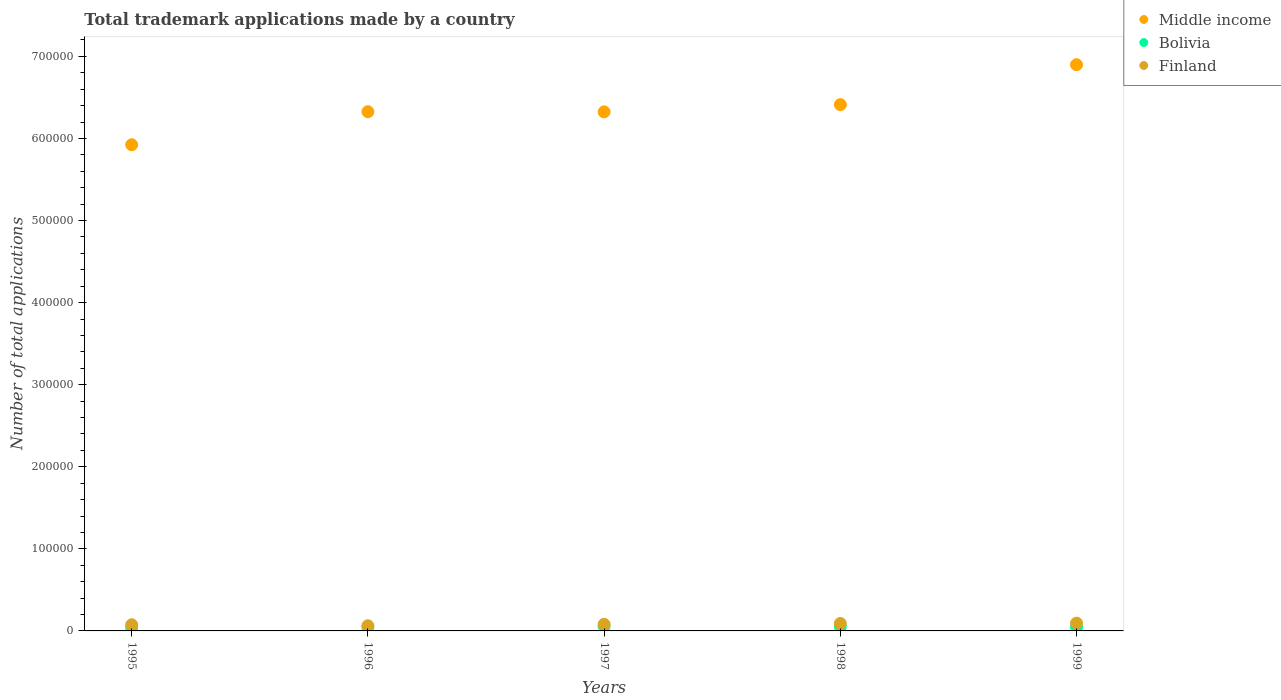
| Years | Middle income | Bolivia | Finland |
 | --- | --- | --- | --- |
 | 1995 | 5.92e+05 | 4.19e+03 | 7.51e+03 |
 | 1996 | 6.33e+05 | 4.68e+03 | 6.3e+03 |
 | 1997 | 6.32e+05 | 5.55e+03 | 8.04e+03 |
 | 1998 | 6.41e+05 | 5.15e+03 | 9.06e+03 |
 | 1999 | 6.9e+05 | 4.72e+03 | 9.47e+03 |